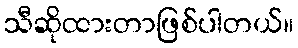
သီဆိုထားတာဖြစ်ပါတယ်။